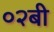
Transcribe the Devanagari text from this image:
०२बी